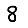
Digit: 8